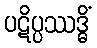
ပဋိပ္ပဿဒ္ဓိံ